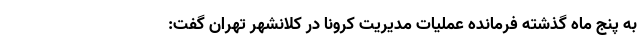
به پنج ماه گذشته فرمانده عملیات مدیریت کرونا در کلانشهر تهران گفت: